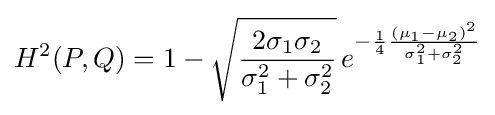
H^{2}(P,Q)=1-{\sqrt {\frac {2\sigma _{1}\sigma _{2}}{\sigma _{1}^{2}+\sigma _{2}^{2}}}}\,e^{-{\frac {1}{4}}{\frac {(\mu _{1}-\mu _{2})^{2}}{\sigma _{1}^{2}+\sigma _{2}^{2}}}}